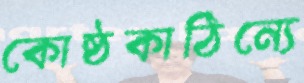
কোষ্ঠকাঠিন্যে